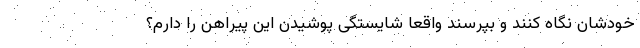
خودشان نگاه کنند و بپرسند واقعاً شایستگی پوشیدن این پیراهن را دارم؟